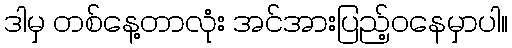
ဒါမှ တစ်နေ့တာလုံး အင်အားပြည့်ဝနေမှာပါ။